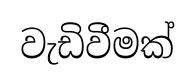
වැඩිවීමක්